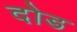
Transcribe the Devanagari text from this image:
दोड